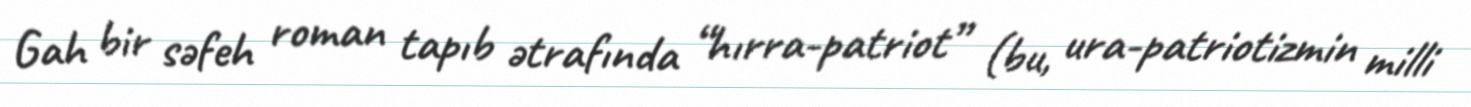
Gah bir səfeh roman tapıb ətrafında “hırra-patriot” (bu, ura-patriotizmin milli